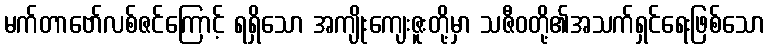
မက်တာဗော်လစ်ဇင်ကြောင့် ရရှိသော အကျိုးကျေးဇူးတို့မှာ သဇီဝတို့၏အသက်ရှင်ရေးဖြစ်သော